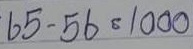
65 - 56 = 1000